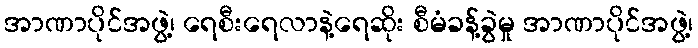
အာဏာပိုင်အဖွဲ့၊ ရေစီးရေလာနဲ့ရေဆိုး စီမံခန့်ခွဲမှု အာဏာပိုင်အဖွဲ့၊